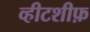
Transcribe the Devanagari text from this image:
व्हीटशीफ़